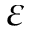
\varepsilon